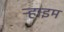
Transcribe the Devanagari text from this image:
ऱ्हाइम